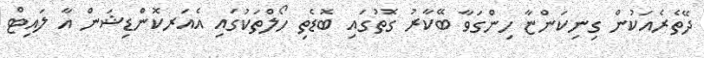
ދޭތެރެއަކުން ގިނިކަންޏާ ހިންގަވާ ބޭކާރު ގޮތުގައި ބޮޑެތި ހޯލްތަކުގައި އެއަރކޮންޑިޝަން އާ ލައިޓް